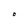
Character: O